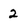
Character: 2